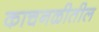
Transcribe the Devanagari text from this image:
काचनळीतील